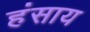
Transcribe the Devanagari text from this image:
हंसाय